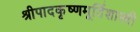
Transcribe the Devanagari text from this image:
श्रीपादकृष्णमूर्तिशास्त्री